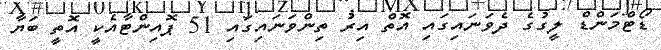
ޑޯޓްމަންޑް ލީގުގެ ދެވަނައިގައި އޮތް އިރު ތިންވަނައިގައި 51 ޕޮއިންޓާއެކީ އޮތީ ބަޔާ